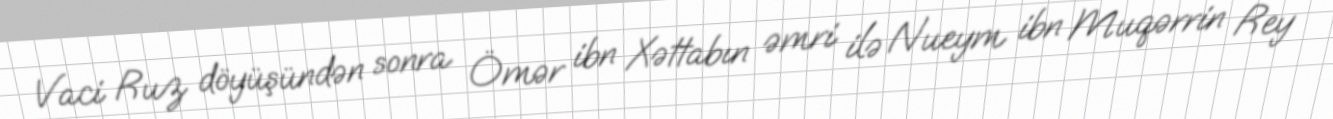
Vaci Ruz döyüşündən sonra Ömər ibn Xəttabın əmri ilə Nueym ibn Muqərrin Rey